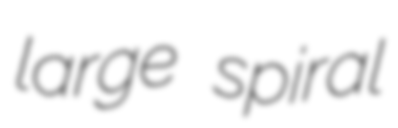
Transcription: large spiral